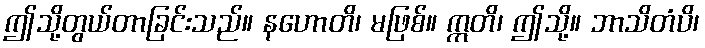
ဤသို့တွယ်တာခြင်းသည်။ နဟောတိ၊ မဖြစ်။ ဣတိ၊ ဤသို့။ ဘာသိတံပိ၊